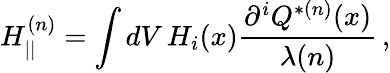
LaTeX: H_{||}^{(n)}=\int dV\, H_{i}(x)\frac{{\partial}^{i}Q^{*(n)}(x)}{\lambda(n)}\, ,